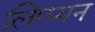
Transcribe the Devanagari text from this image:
लिप्प्मन